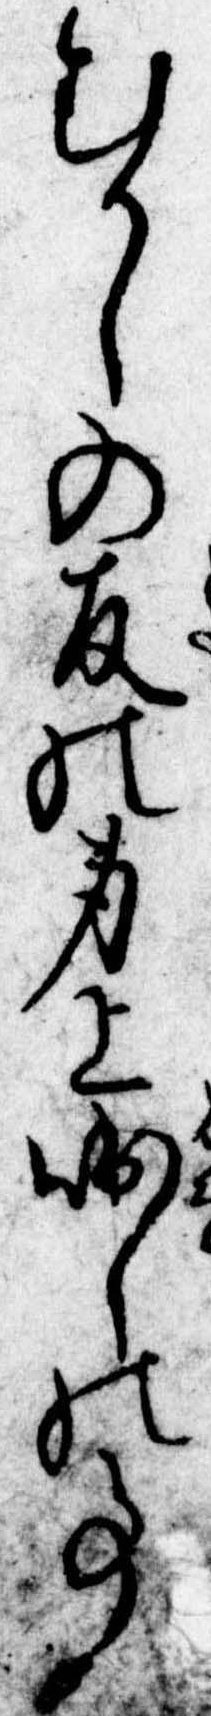
むかしの友の身上咄しの事